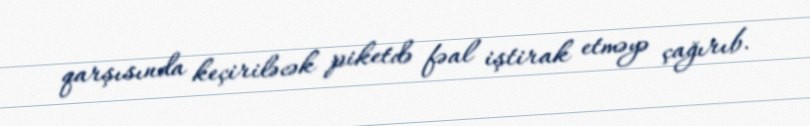
qarşısında keçiriləcək piketdə fəal iştirak etməyə çağırıb.